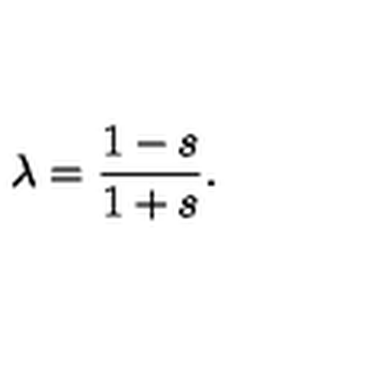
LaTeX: \lambda = \frac { 1 - s } { 1 + s } .